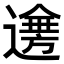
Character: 𨗤